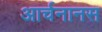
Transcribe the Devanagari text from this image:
आर्चनानस